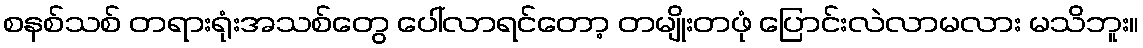
စနစ်သစ် တရားရုံးအသစ်တွေ ပေါ်လာရင်တော့ တမျိုးတဖုံ ပြောင်းလဲလာမလား မသိဘူး။